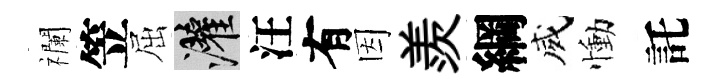
襴笠屈灌汪有因羨綱威慟託